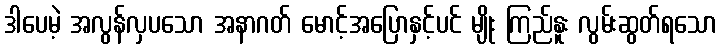
ဒါပေမဲ့ အလွန်လှပသော အနာဂတ် မောင့်အပြောနှင့်ပင် မျိုး ကြည်နူး လွမ်းဆွတ်ရသော